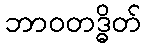
ဘာဝတဒ္ဓိတ်